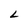
Character: L